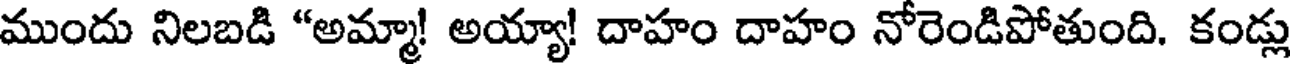
ముందు నిలబడి "అమ్మా! అయ్యా! దాహం దాహం నోరెండిపోతుంది. కండ్లు